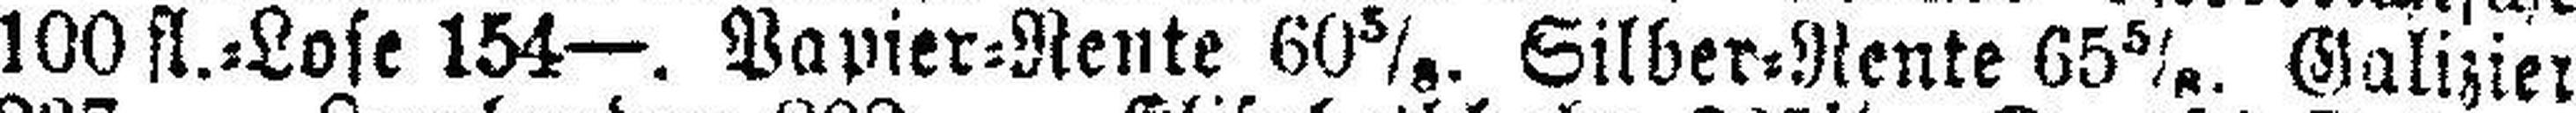
100 fl.=Lose 154—. Papier=Rente 60 5/8. Silber=Rente 65 5/8. Galizier